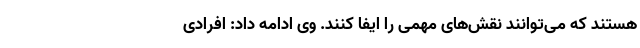
هستند که می‌توانند نقش‌های مهمی را ایفا کنند. وی ادامه داد: افرادی